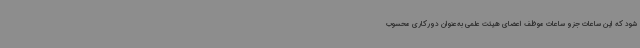
شود که این ساعات جزو ساعات موظف اعضای هیئت علمی به‌عنوان دورکاری محسوب